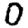
Digit: 0